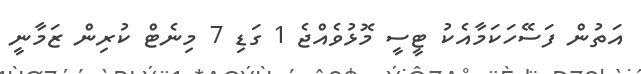
އަތުން ފަސޭހަކަމާއެކު ޓީސީ މޮޅުވެއްޖެ 1 ގަޑި 7 މިނެޓް ކުރިން ޒަމާނީ